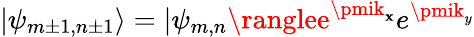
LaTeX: |\psi_{m\pm1,n\pm1}\rangle=|\psi_{m,n}\ranglee^{\pmik_{\mathbf{x}}}e^{\pmik_{y}}